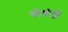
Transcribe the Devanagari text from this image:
सेवंती